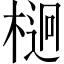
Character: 𣔲